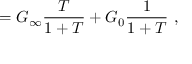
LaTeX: = G _ { \infty } { \frac { T } { 1 + T } } + G _ { 0 } { \frac { 1 } { 1 + T } } \ ,